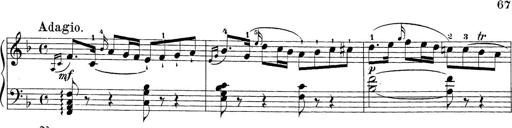
Title: Sonatina Album
Composer: Louis KÃ¶hler